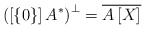
\begin{align*}\left(\left[\left\{ 0\right\} \right]A^{*}\right)^{\perp}=\overline{A\left[X\right]}\end{align*}